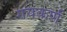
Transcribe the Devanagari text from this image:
गयकर्ण